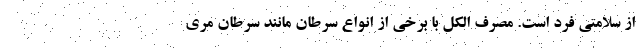
از سلامتی فرد است. مصرف الکل با برخی از انواع سرطان مانند سرطان مری